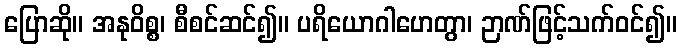
ပြောဆို။ အနုဝိစ္စ၊ စီစင်ဆင်၍။ ပရိယောဂါဟေတွာ၊ ဉာဏ်ဖြင့်သက်ဝင်၍။